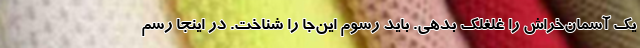
یک آسمان‌خراش را غلغلک بدهی. باید رسوم این‌جا را شناخت. در اینجا رسم